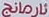
ئارمانج